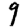
Digit: 9